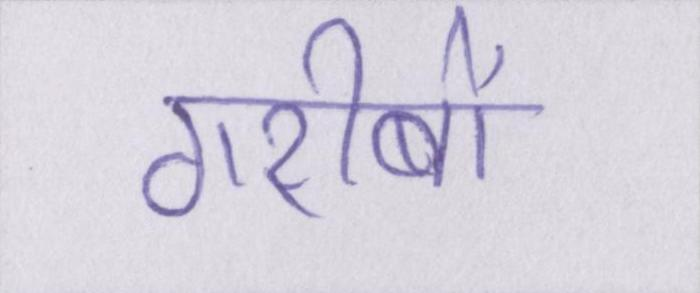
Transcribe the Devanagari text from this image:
गरीबों